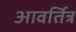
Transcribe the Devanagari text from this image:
आवर्तित्र